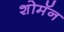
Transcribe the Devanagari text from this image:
शोमॅन